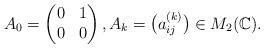
LaTeX: \begin{gather*}A_0=\begin{pmatrix}0 & 1 \\0 & 0\end{pmatrix}, A_k=\big( a^{(k)}_{ij} \big) \in M_2(\mathbb{C}).\end{gather*}